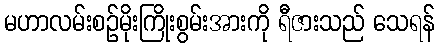
မဟာလမ်းစဉ်မိုးကြိုးစွမ်းအားကို ရီဇားသည် သေရန်